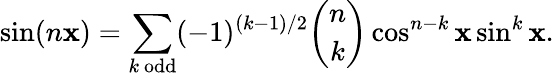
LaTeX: \sin(n\mathbf{x})=\sum_{k{\mathrm{{~odd}}}}(-1)^{(k-1)/2}{\binom{n}{k}}\cos^{n-k}\mathbf{x}\sin^{k}\mathbf{x}.